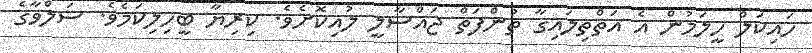
ހައިކަލް ހީލަމުން އެ އަތްތިލައިގާ ތުންފަތް ޖައްސާލީ ލުއިކޮށެވެ. ކިރިޔާ ބީހިލިކަމެވެ. ސަލްވާގެ